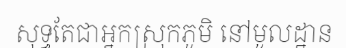
សុទ្ធតែជាអ្នកស្រុកភូមិ នៅមូលដ្ឋាន